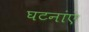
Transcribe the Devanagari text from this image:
घटनांएं